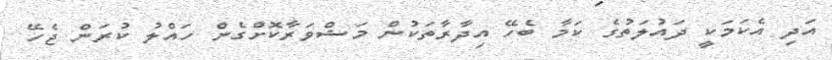
އަދި އެކަމަކީ ދައުލަތުގެ ކަމާ ބެހޭ އިދާރާތަކުން މަޝްވަރާކޮށްގެން ހައްލު ކުރަން ޖެހޭ